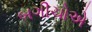
બગીચોએ